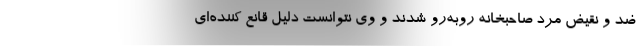
ضد و نقیض مرد صاحبخانه رو‌به‌رو شدند و وی نتوانست دلیل قانع کننده‌ای